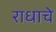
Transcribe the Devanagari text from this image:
राधाचे